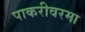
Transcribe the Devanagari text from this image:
पाकरीवरमा